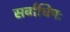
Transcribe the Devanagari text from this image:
सर्वाधिपः